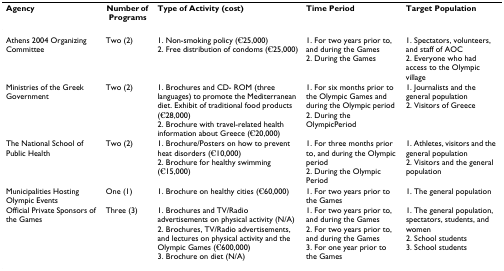
| Agency | Number of Programs | Type of Activity (cost) | Time Period | Target Population |
 | --- | --- | --- | --- | --- |
 | Athens 2004 Organizing Committee | Two (2) | 1. Non-smoking policy (€25,000)2. Free distribution of condoms (€25,000) | 1. For two years prior to, and during the Games2. During the Games | 1. Spectators, volunteers, and staff of AOC2. Everyone who had access to the Olympic village |
 | Ministries of the Greek Government | Two (2) | 1. Brochures and CD- ROM (three languages) to promote the Mediterranean diet. Exhibit of traditional food products (€28,000)2. Brochure with travel-related health information about Greece (€20,000) | 1. For six months prior to the Olympic Games and during the Olympic period2. During the OlympicPeriod | 1. Journalists and the general population2. Visitors of Greece |
 | The National School of Public Health | Two (2) | 1. Brochure/Posters on how to prevent heat disorders (€10,000)2. Brochure for healthy swimming (€15,000) | 1. For three months prior to, and during the Olympic period2. During the Olympic Period | 1. Athletes, visitors and the general population2. Visitors and the general population |
 | Municipalities Hosting Olympic Events | One (1) | 1. Brochure on healthy cities (€60,000) | 1. For two years prior to the Games | 1. The general population |
 | Official Private Sponsors of the Games | Three (3) | 1. Brochures and TV/Radio advertisements on physical activity (N/A)2. Brochures, TV/Radio advertisements, and lectures on physical activity and the Olympic Games (€600,000)3. Brochure on diet (N/A) | 1. For two years prior to, and during the Games2. For two years prior to, and during the Games3. For one year prior to the Games | 1. The general population, spectators, students, and women2. School students3. School students |